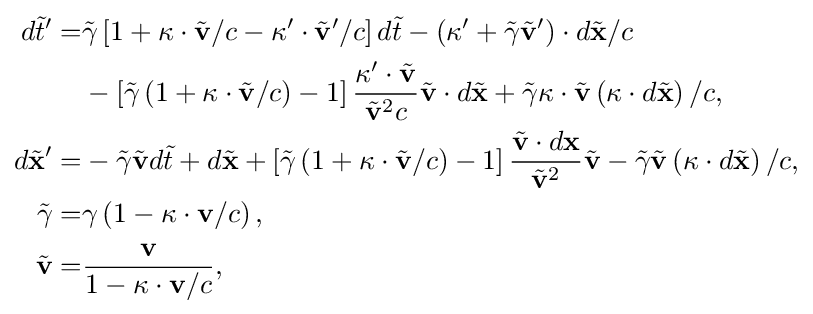
{\begin{aligned}d{\tilde {t}}'=&{\tilde {\gamma }}\left[1+\kappa \cdot {\tilde {\mathbf {v} }}/c-\kappa '\cdot {\tilde {\mathbf {v} }}'/c\right]d{\tilde {t}}-\left(\kappa '+{\tilde {\gamma }}{\tilde {\mathbf {v} }}'\right)\cdot d{\tilde {\mathbf {x} }}/c\\&-\left[{\tilde {\gamma }}\left(1+\kappa \cdot {\tilde {\mathbf {v} }}/c\right)-1\right]{\frac {\kappa '\cdot {\tilde {\mathbf {v} }}}{{\tilde {\mathbf {v} }}^{2}c}}{\tilde {\mathbf {v} }}\cdot d{\tilde {\mathbf {x} }}+{\tilde {\gamma }}\kappa \cdot {\tilde {\mathbf {v} }}\left(\kappa \cdot d{\tilde {\mathbf {x} }}\right)/c,\\d{\tilde {\mathbf {x} }}'=&-{\tilde {\gamma }}{\tilde {\mathbf {v} }}d{\tilde {t}}+d{\tilde {\mathbf {x} }}+\left[{\tilde {\gamma }}\left(1+\kappa \cdot {\tilde {\mathbf {v} }}/c\right)-1\right]{\frac {{\tilde {\mathbf {v} }}\cdot d\mathbf {x} }{{\tilde {\mathbf {v} }}^{2}}}{\tilde {\mathbf {v} }}-{\tilde {\gamma }}{\tilde {\mathbf {v} }}\left(\kappa \cdot d{\tilde {\mathbf {x} }}\right)/c,\\{\tilde {\gamma }}=&\gamma \left(1-\kappa \cdot \mathbf {v} /c\right),\\{\tilde {\mathbf {v} }}=&{\frac {\mathbf {v} }{1-\kappa \cdot \mathbf {v} /c}},\end{aligned}}